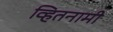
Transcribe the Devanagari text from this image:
व्हितनामी